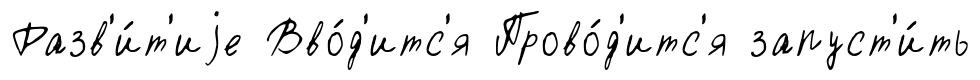
Разв'и́т'иjе Вво́д'итс'я Прово́д'итс'я запуст'и́ть